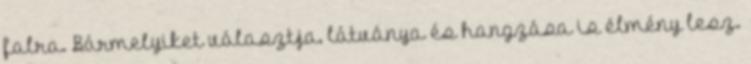
falra. Bármelyiket választja, látványa és hangzása is élmény lesz.